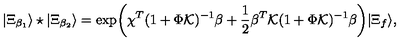
| \Xi _ { \beta _ { 1 } } \rangle \star | \Xi _ { \beta _ { 2 } } \rangle = \exp \biggl ( \chi ^ { T } ( 1 + \Phi { \cal K } ) ^ { - 1 } \beta + { \frac { 1 } { 2 } } \beta ^ { T } { \cal K } ( 1 + \Phi { \cal K } ) ^ { - 1 } \beta \biggr ) | \Xi _ { f } \rangle ,